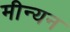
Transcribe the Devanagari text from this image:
मीन्यन